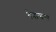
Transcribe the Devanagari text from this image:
वेदान्तपर